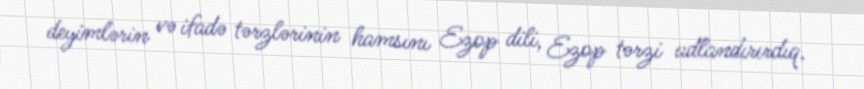
deyimlərin və ifadə tərzlərinin hamsını Ezop dili, Ezop tərzi adlandırırdıq.